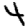
Digit: 4